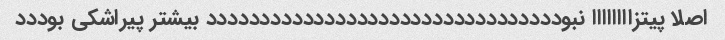
اصلا پیتزاااااااا نبوددددددددددددددددددددددددددددددددد بیشتر پیراشکی بوددد